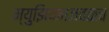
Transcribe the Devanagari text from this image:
म्युझियमजवळच